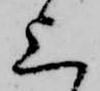
上